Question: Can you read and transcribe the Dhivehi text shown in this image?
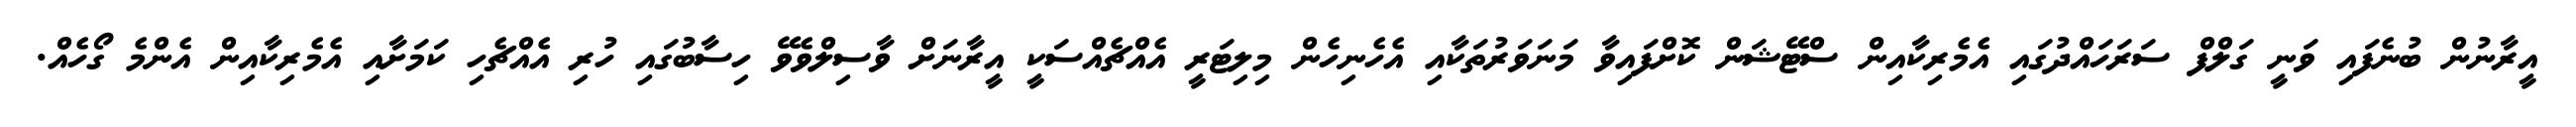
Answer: އީރާނުން ބުނެފައި ވަނީ ގަލްފް ސަރަހައްދުގައި އެމެރިކާއިން ސްޓޭޝަން ކޮށްފައިވާ މަނަވަރުތަކާއި އެހެނިހެން މިލިޓަރީ އެއްޗެއްސަކީ އީރާނަށް ވާސިލްވެވޭ ހިސާބުގައި ހުރި އެއްޗެހި ކަމަށާއި އެމެރިކާއިން އެންމެ ގޯހެއް.